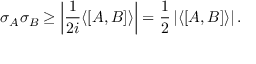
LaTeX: \sigma _ { A } \sigma _ { B } \geq \left| { \frac { 1 } { 2 i } } \langle [ A , B ] \rangle \right| = { \frac { 1 } { 2 } } \left| \langle [ A , B ] \rangle \right| .